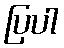
ပြပါ